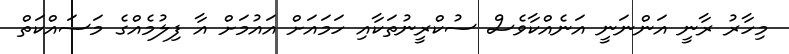
މިހާރު ރާނީ އަންނަނީ އަނެއްކާވެސް ސުކްރީނުތަކާއި ހަމައަށް އައުމަށް އާ ފިލުމެއްގެ މަސައްކަތް